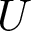
U